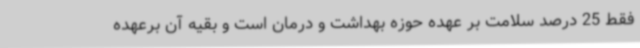
فقط 25 درصد سلامت بر عهده حوزه بهداشت و درمان است و بقیه آن برعهده